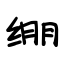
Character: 绷